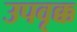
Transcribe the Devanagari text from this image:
उपवृक्क